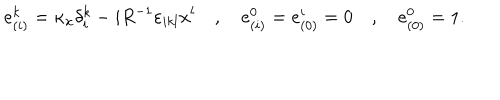
e _ { ( i ) } ^ { k } = \kappa _ { { \bf x } } \delta _ { i } ^ { k } - i R ^ { - 1 } \varepsilon _ { i k l } x ^ { l } \quad , \quad e _ { ( i ) } ^ { 0 } = e _ { ( 0 ) } ^ { i } = 0 \quad , \quad e _ { ( 0 ) } ^ { 0 } = 1 .